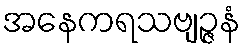
အနေကရသဗျဉ္ဇနံ